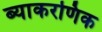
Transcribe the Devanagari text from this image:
ब्याकरणिक